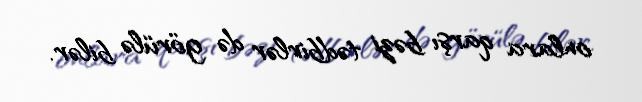
onlara qarşı bəzi tədbirlər də görülə bilər.